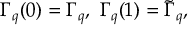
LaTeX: \Gamma _ { q } ( 0 ) = \Gamma _ { q } , \ \Gamma _ { q } ( 1 ) = \tilde { \Gamma } _ { q } ,